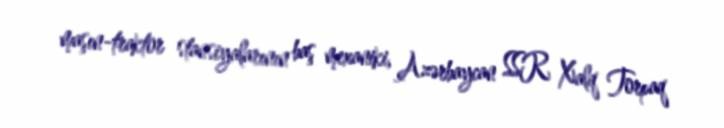
maşın-traktor stansiyalarının baş mexaniki, Azərbaycan SSR Xalq Torpaq